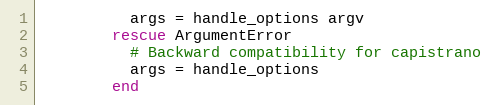
Language: Ruby
          args = handle_options argv
        rescue ArgumentError
          # Backward compatibility for capistrano
          args = handle_options
        end